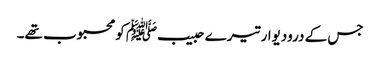
جس کے درودیوار تیرے حبیبﷺ کو محبوب تھے۔